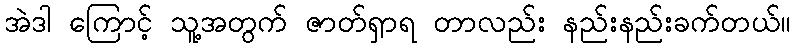
အဲဒါ ကြောင့် သူ့အတွက် ဇာတ်ရှာရ တာလည်း နည်းနည်းခက်တယ်။